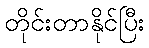
တိုင်းတာနိုင်ပြီး